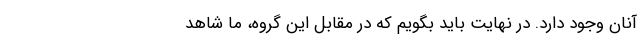
آنان وجود دارد. در نهایت باید بگویم که در مقابل این گروه، ما شاهد